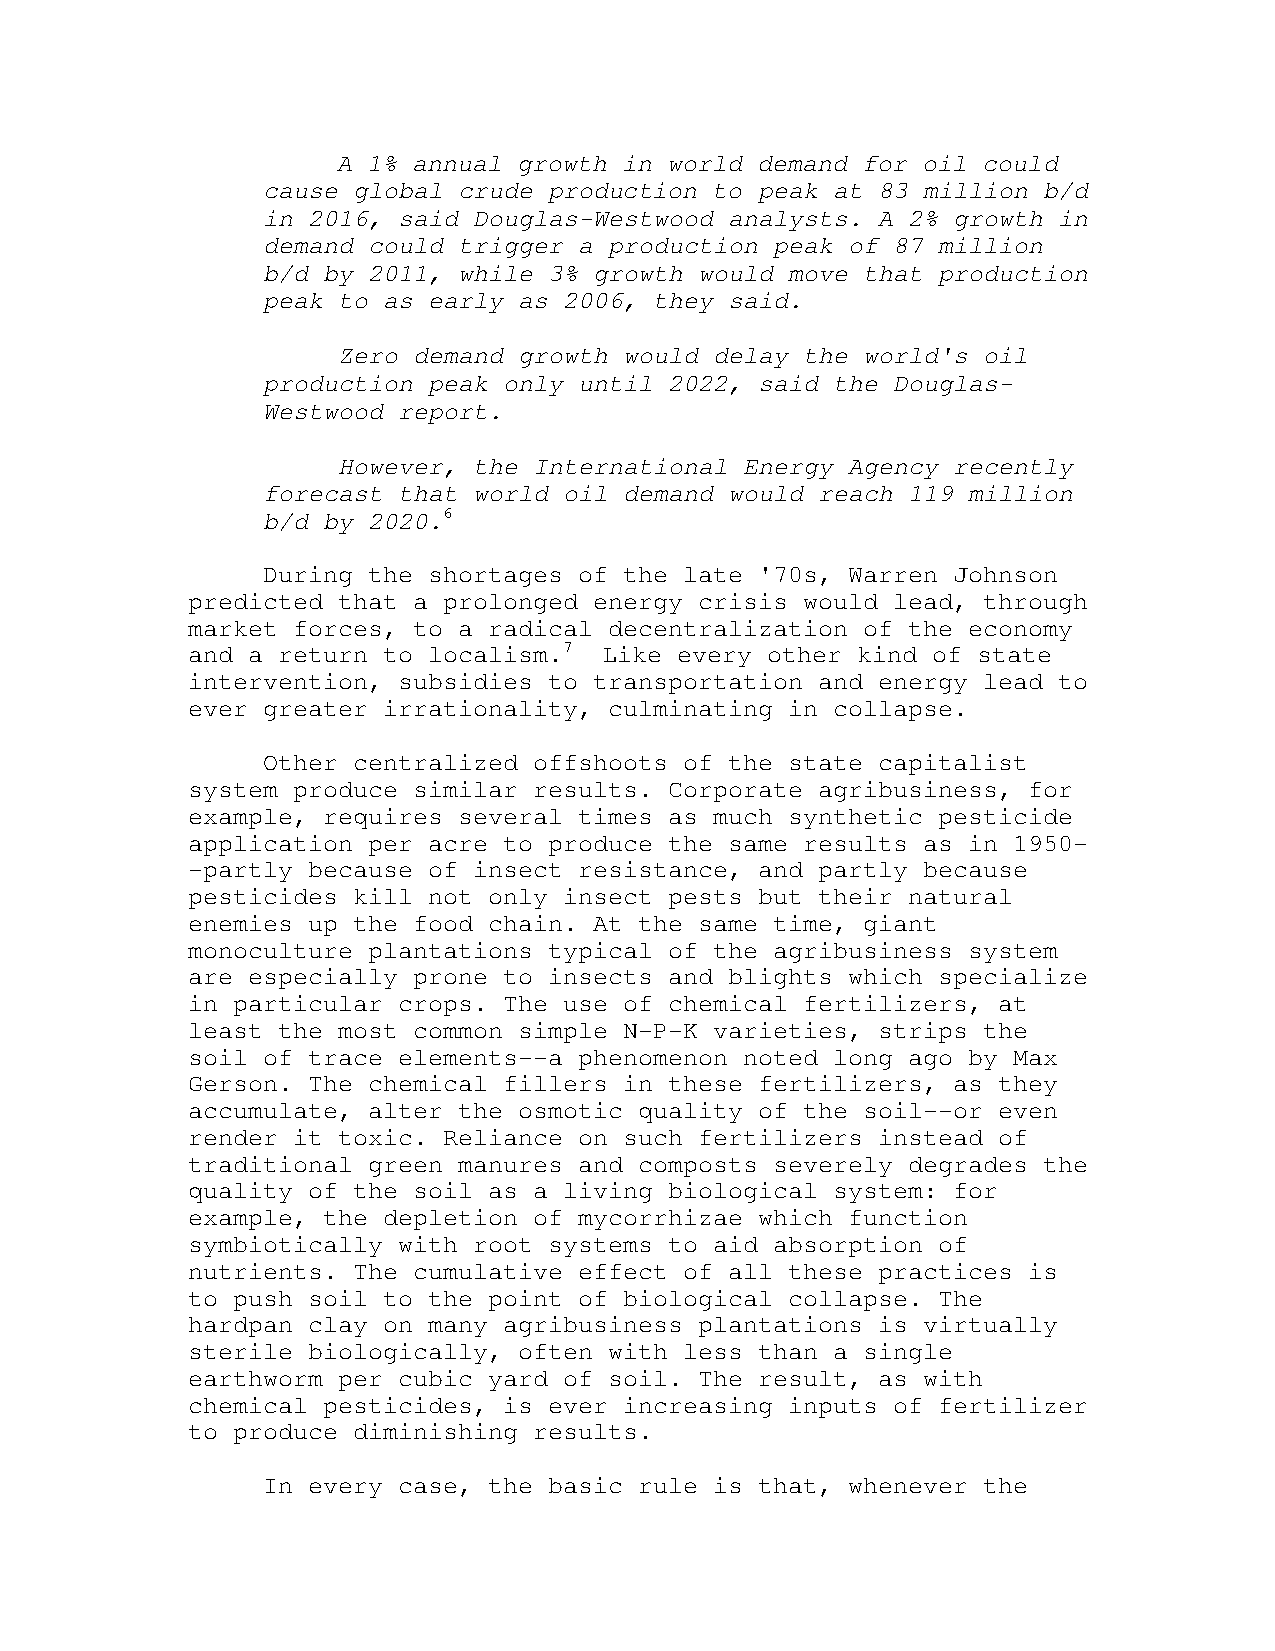
A 1% annual growth in world demand for oil could
 cause global crude production to peak at 83 million b/d
 in 2016, said Douglas-Westwood analysts. A 2% growth in
 demand could trigger a production peak of 87 million
 b/d by 2011, while 3% growth would move that production
 peak to as early as 2006, they said.
 Zero demand growth would delay the world's oil
 production peak only until 2022, said the Douglas-
 Westwood report.
 However, the International Energy Agency recently
 forecast that world oil demand would reach 119 million
 b/d by 2020.6
 During the shortages of the late '70s, Warren Johnson
 predicted that a prolonged energy crisis would lead, through
 market forces, to a radical decentralization of the economy
 and a return to localism.7  Like every other kind of state
 intervention, subsidies to transportation and energy lead to
 ever greater irrationality, culminating in collapse.
 Other centralized offshoots of the state capitalist
 system produce similar results. Corporate agribusiness, for
 example, requires several times as much synthetic pesticide
 application per acre to produce the same results as in 1950-
 -partly because of insect resistance, and partly because
 pesticides kill not only insect pests but their natural
 enemies up the food chain. At the same time, giant
 monoculture plantations typical of the agribusiness system
 are especially prone to insects and blights which specialize
 in particular crops. The use of chemical fertilizers, at
 least the most common simple N-P-K varieties, strips the
 soil of trace elements--a phenomenon noted long ago by Max
 Gerson. The chemical fillers in these fertilizers, as they
 accumulate, alter the osmotic quality of the soil--or even
 render it toxic. Reliance on such fertilizers instead of
 traditional green manures and composts severely degrades the
 quality of the soil as a living biological system: for
 example, the depletion of mycorrhizae which function
 symbiotically with root systems to aid absorption of
 nutrients. The cumulative effect of all these practices is
 to push soil to the point of biological collapse. The
 hardpan clay on many agribusiness plantations is virtually
 sterile biologically, often with less than a single
 earthworm per cubic yard of soil. The result, as with
 chemical pesticides, is ever increasing inputs of fertilizer
 to produce diminishing results.
 In every case, the basic rule is that, whenever the